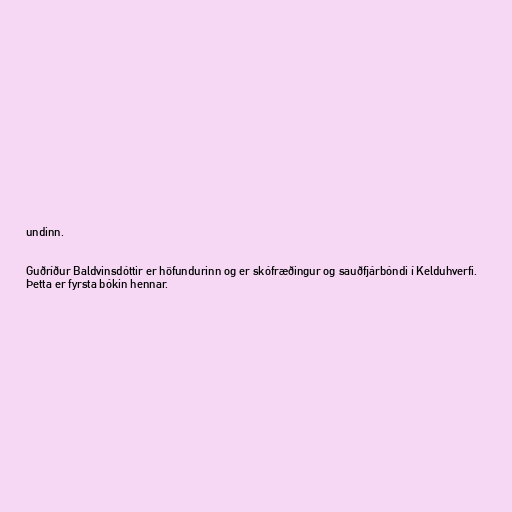
undinn.

Guðríður Baldvinsdóttir er höfundurinn og er skófræðingur og sauðfjárbóndi í Kelduhverfi.
Þetta er fyrsta bókin hennar.